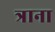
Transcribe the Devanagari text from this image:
त्राना